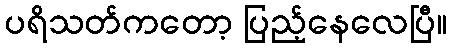
ပရိသတ်ကတော့ ပြည့်နေလေပြီ။